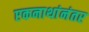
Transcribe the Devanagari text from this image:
एकनाथांनंतर